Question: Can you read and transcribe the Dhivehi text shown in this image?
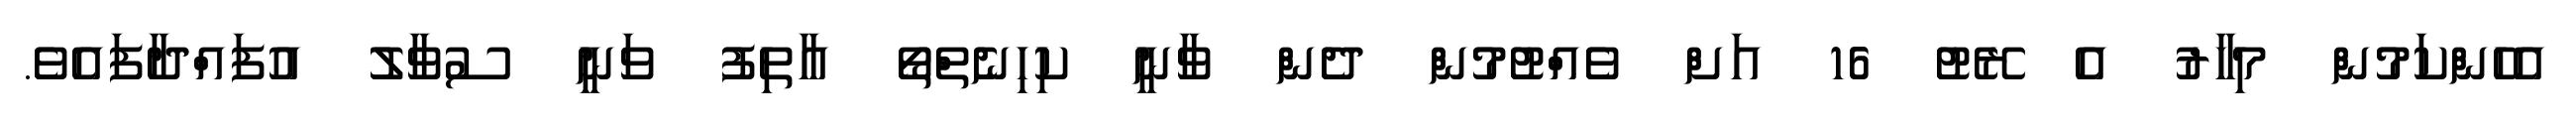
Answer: އެހެންކަމުން މިހާރު އެ ރޭޓު 16 އަށް ވެއްޓުމުން ދެން ވާނީ ކިހިނެތްތޯ އާތިފު ވަނީ ސުވާލު އުފައްދާފައެވެ.